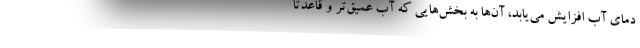
دمای آب افزایش می‌یابد، آن‌ها به بخش‌هایی که آب عمیق‌تر و قاعدتاً